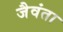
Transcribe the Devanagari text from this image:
जैवंता